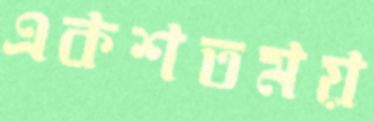
একশতময়